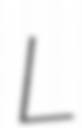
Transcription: L